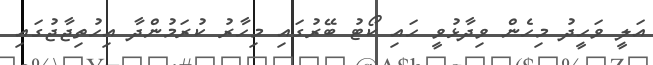
އަލީ ވަހީދު މިހެން ވިދާޅުވީ ހައި ކޯޓު ބޭރުގައި މިހާރު ކުރަމުންދާ އިހުތިޖާޖުގައި